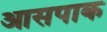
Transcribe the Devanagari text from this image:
आसपाक